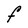
Character: F